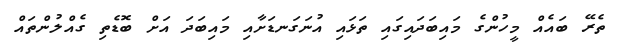
ތެރޭ ބައެއް މީހުންގެ މައިބަދައިގައި ތަޅައި އުނަގަނޑަށާއި މައިބަދަ އަށް ބޮޑެތި ގެއްލުންތައް